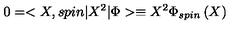
0 = < X , s p i n | X ^ { 2 } | \Phi > \equiv X ^ { 2 } \Phi _ { s p i n } \left( X \right)